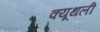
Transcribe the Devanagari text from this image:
क्यूथली